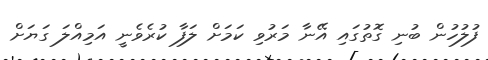
ފުލުހުން ބުނި ގޮތުގައި އޭނާ މަރުވި ކަމަށް ލަފާ ކުރެވެނީ އަމިއްލަ ގަޔަށް